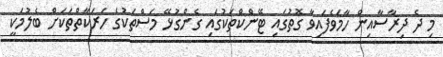
މި ދެ ދިރާސާއިން ހާމަވެފައިވާ ގޮތުގައި ޓޭންކްތަކުގައި ގެންގުޅޭ މަސްތަކުގެ ހަރަކާތްތަކަށް ބެލުމަކީ